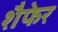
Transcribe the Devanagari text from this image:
शैफेर